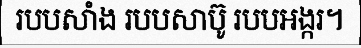
របបសាំង របបសាប៊ូ របបអង្ករ។